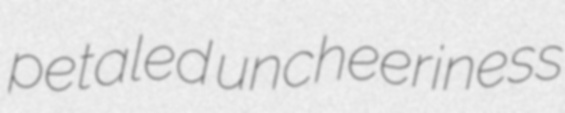
petaled uncheeriness